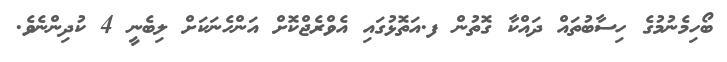
ބޯހިމެނުމުގެ ހިސާބުތައް ދައްކާ ގޮތުން ފ.އަތޮޅުގައި އެވްރެޖްކޮށް އަންހެނަކަށް ލިބެނީ 4 ކުދިންނެވެ.